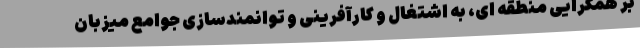
بر همگرایی منطقه ای، به اشتغال و کارآفرینی و توانمندسازی جوامع میزبان